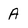
Character: A